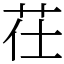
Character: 茌